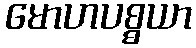
မောဟပစ္စယာ